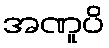
အဏူပိ